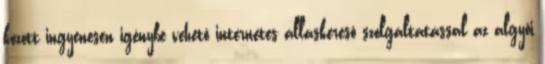
között ingyenesen igénybe vehetô internetes álláskeresô szolgáltatással az algyôi